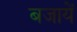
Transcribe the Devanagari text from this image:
बजायें